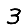
Digit: 3